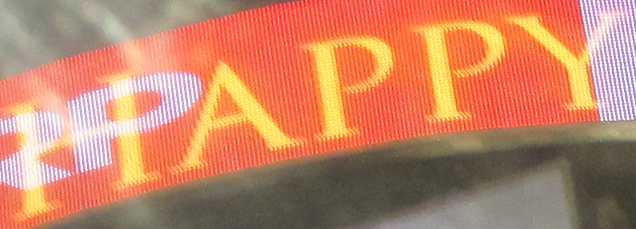
HAPPY